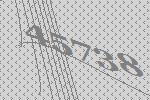
45738